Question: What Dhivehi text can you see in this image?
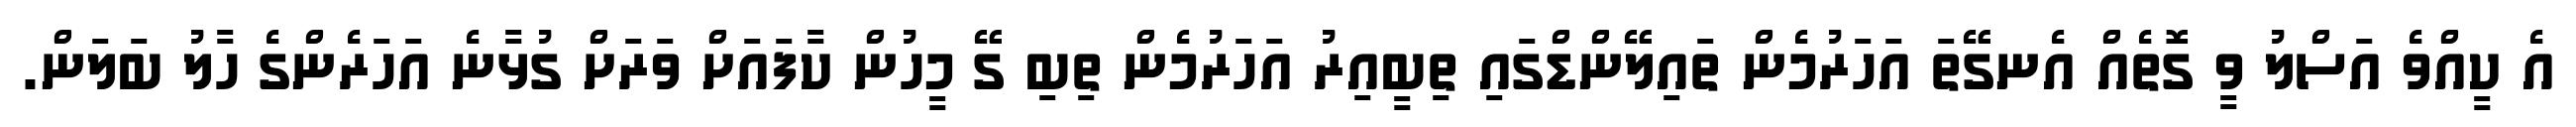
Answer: އެ ކީއްވެ އަސްލު ވީ ގޮތެއް އެނގޭތަ އަހަރުމެން ތައިލޭންޑްގައި ތިބީއިރު އަހަރުމެން ތިބި ގޭ މީހުން ކާފައަށް ވަރަށް ގުޅާނެ އަހަރެންގެ ހާލު ބަލަން.